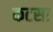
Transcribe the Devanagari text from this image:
कटसा